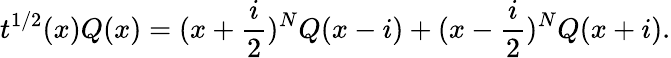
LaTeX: t^{1/2}(x)Q(x)=(x+\frac{i}{2})^{N}Q(x-i)+(x-\frac{i}{2})^{N}Q(x+i).